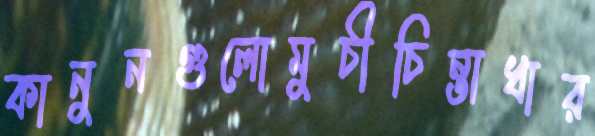
কানুনগুলোমুচীচিন্তাধার